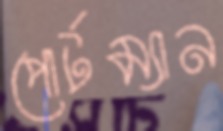
পোর্টম্যান